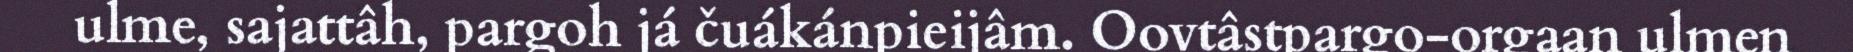
ulme, sajattâh, pargoh já čuákánpieijâm. Oovtâstpargo-orgaan ulmen